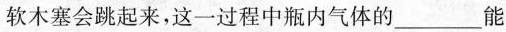
软木塞会跳起来，这一过程中瓶内气体的___能